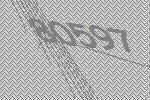
80597